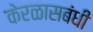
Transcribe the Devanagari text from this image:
केरळासबंधी